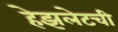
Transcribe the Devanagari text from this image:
हेझलेटची